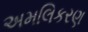
અમલિકરણ